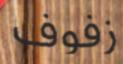
زفوف